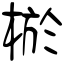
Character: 棜